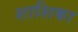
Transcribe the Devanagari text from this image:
शाशिका